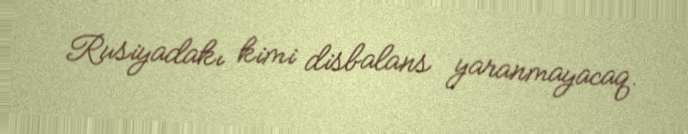
Rusiyadakı kimi disbalans yaranmayacaq.